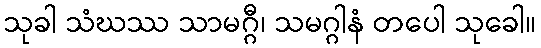
သုခါ သံဃဿ သာမဂ္ဂီ၊ သမဂ္ဂါနံ တပေါ သုခေါ။